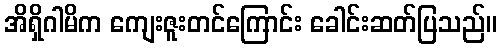
အိရှိဂါမိက ကျေးဇူးတင်ကြောင်း ခေါင်းဆတ်ပြသည်။